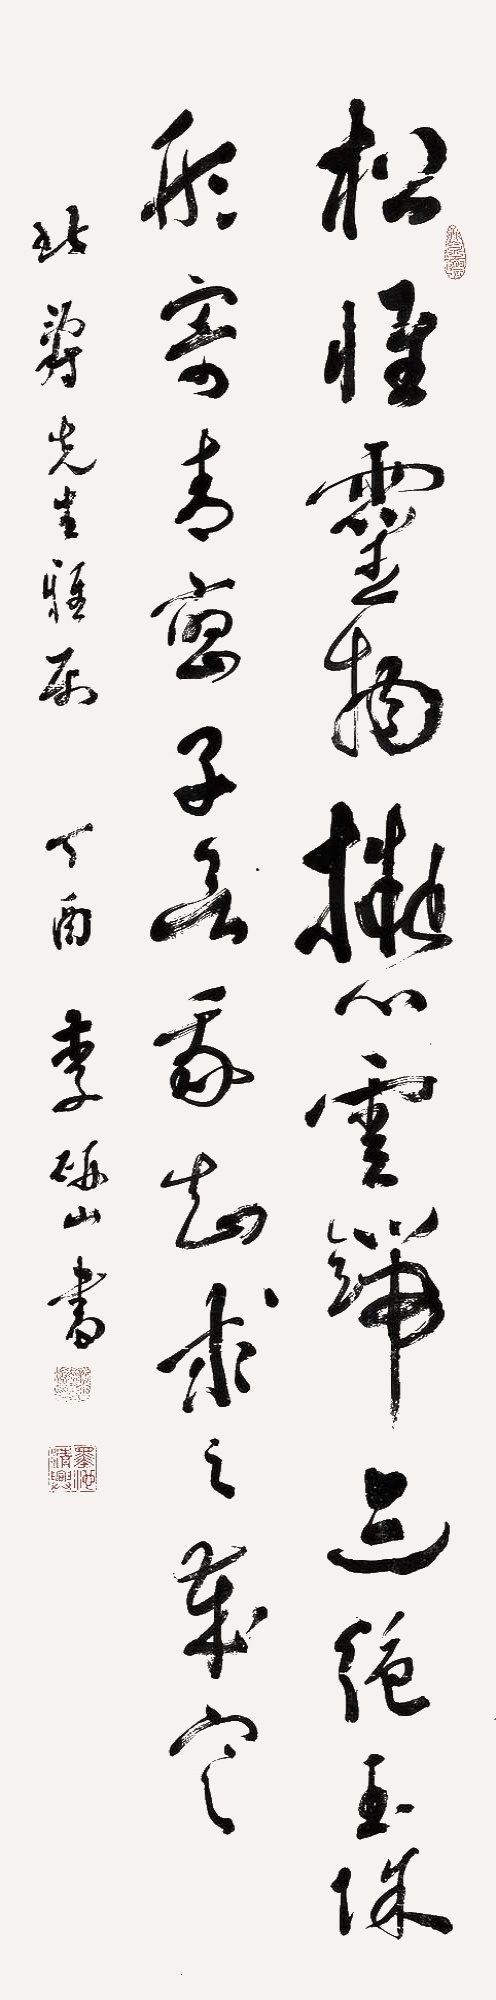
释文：松惟灵物，拟心云端。三绝玉珠，形寄青鸾。子欲我知，求之岁寒。北寿先生雅属，丁酉，李研山书。